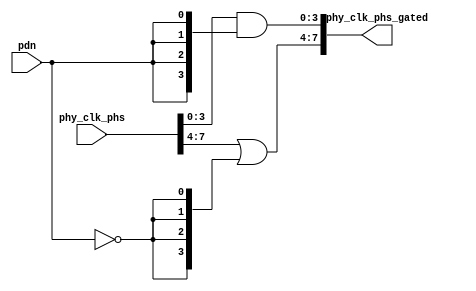
// SPDX-License-Identifier: Apache-2.0
// Copyright (C) 2019 Intel Corporation. All rights reserved
//------------------------------------------------------------------------
//
// Revision:    $Revision: #1 $
//------------------------------------------------------------------------
// Description: gated 8 clock phases for powerdown and regulator power domain crossing
//
//------------------------------------------------------------------------

module io_interp_pdn (
input          pdn,           		// power down active low
input    [7:0] phy_clk_phs,             // 8 phase 1.6GHz local clock
output   [7:0] phy_clk_phs_gated       // gated 8 phase 1.6GHz local clock
);

`ifdef TIMESCALE_EN
                timeunit 1ps;
                timeprecision 1ps;
`endif

parameter  INV_DELAY      = 15;  // 15ps

assign #(2 * INV_DELAY) phy_clk_phs_gated[3:0] = phy_clk_phs[3:0] & {4{pdn}};
assign #(2 * INV_DELAY) phy_clk_phs_gated[7:4] = phy_clk_phs[7:4] | {4{~pdn}};

endmodule